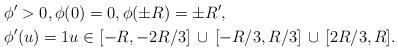
LaTeX: \begin{align*}& \phi'>0, \phi(0) = 0, \phi(\pm R) = \pm R', \\& \phi'(u) = 1 u\in [-R,-2R/3] \,\cup\, [-R/3,R/3] \,\cup\, [2R/3,R].\end{align*}